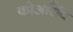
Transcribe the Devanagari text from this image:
कोअर्सिव